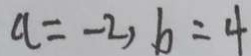
a = - 2 , b = 4